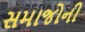
સમાજોની